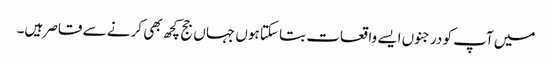
میں آپ کو درجنوں ایسے واقعات بتا سکتا ہوں جہاں جج کچھ بھی کرنے سے قاصر ہیں۔